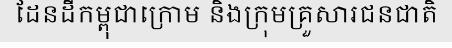
ដែនដីកម្ពុជាក្រោម និងក្រុមគ្រួសារជនជាតិ